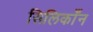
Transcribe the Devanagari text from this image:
सिलिकाँन